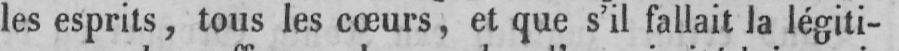
les esprits, tous les cœurs, et que s’il fallait la légiti-